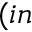
( i n